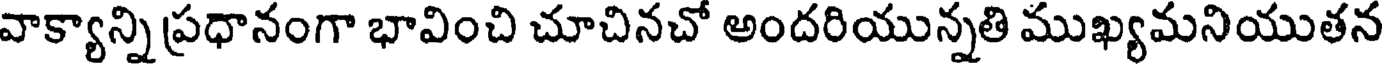
వాక్యాన్ని ప్రధానంగా భావించి చూచినచో అందరియున్నతి ముఖ్యమనియుతన